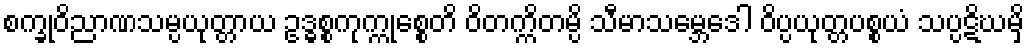
စက္ခုဝိညာဏသမ္ပယုတ္တာယ ဥဒ္ဓစ္စကုက္ကုစ္စေတိ ဝိတက္ကိတမ္ပိ သီမာသမ္ဘေဒေါ ဝိပ္ပယုတ္တပစ္စယံ သပ္ပဋိဃမှိ